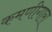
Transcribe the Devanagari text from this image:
कमणीगारा